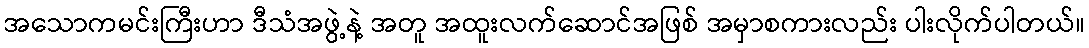
အသောကမင်းကြီးဟာ ဒီသံအဖွဲ့နဲ့ အတူ အထူးလက်ဆောင်အဖြစ် အမှာစကားလည်း ပါးလိုက်ပါတယ်။